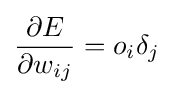
{\frac {\partial E}{\partial w_{ij}}}=o_{i}\delta _{j}